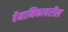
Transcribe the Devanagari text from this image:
वैमानिकावरील